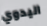
اليدوي